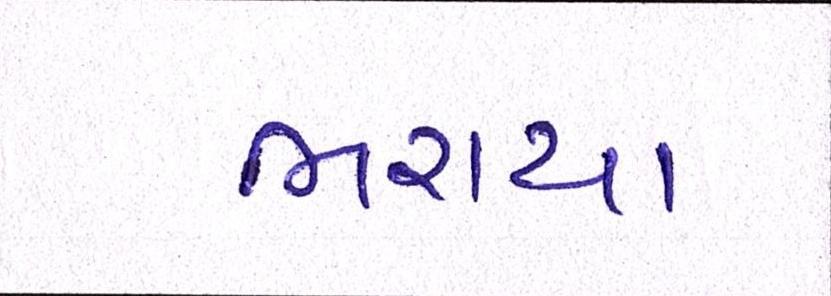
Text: ભરાયા